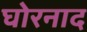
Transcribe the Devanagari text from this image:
घोरनाद